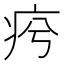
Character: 𤵕